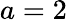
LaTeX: a=2